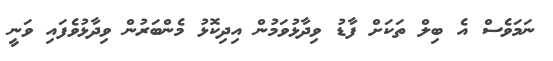
ނަމަވެސް އެ ބިލް ތަކަށް ފާޑު ވިދާޅުވަމުން އިދިކޮޅު މެންބަރުން ވިދާޅުވެފައި ވަނީ